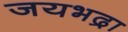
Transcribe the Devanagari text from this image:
जयभद्रा